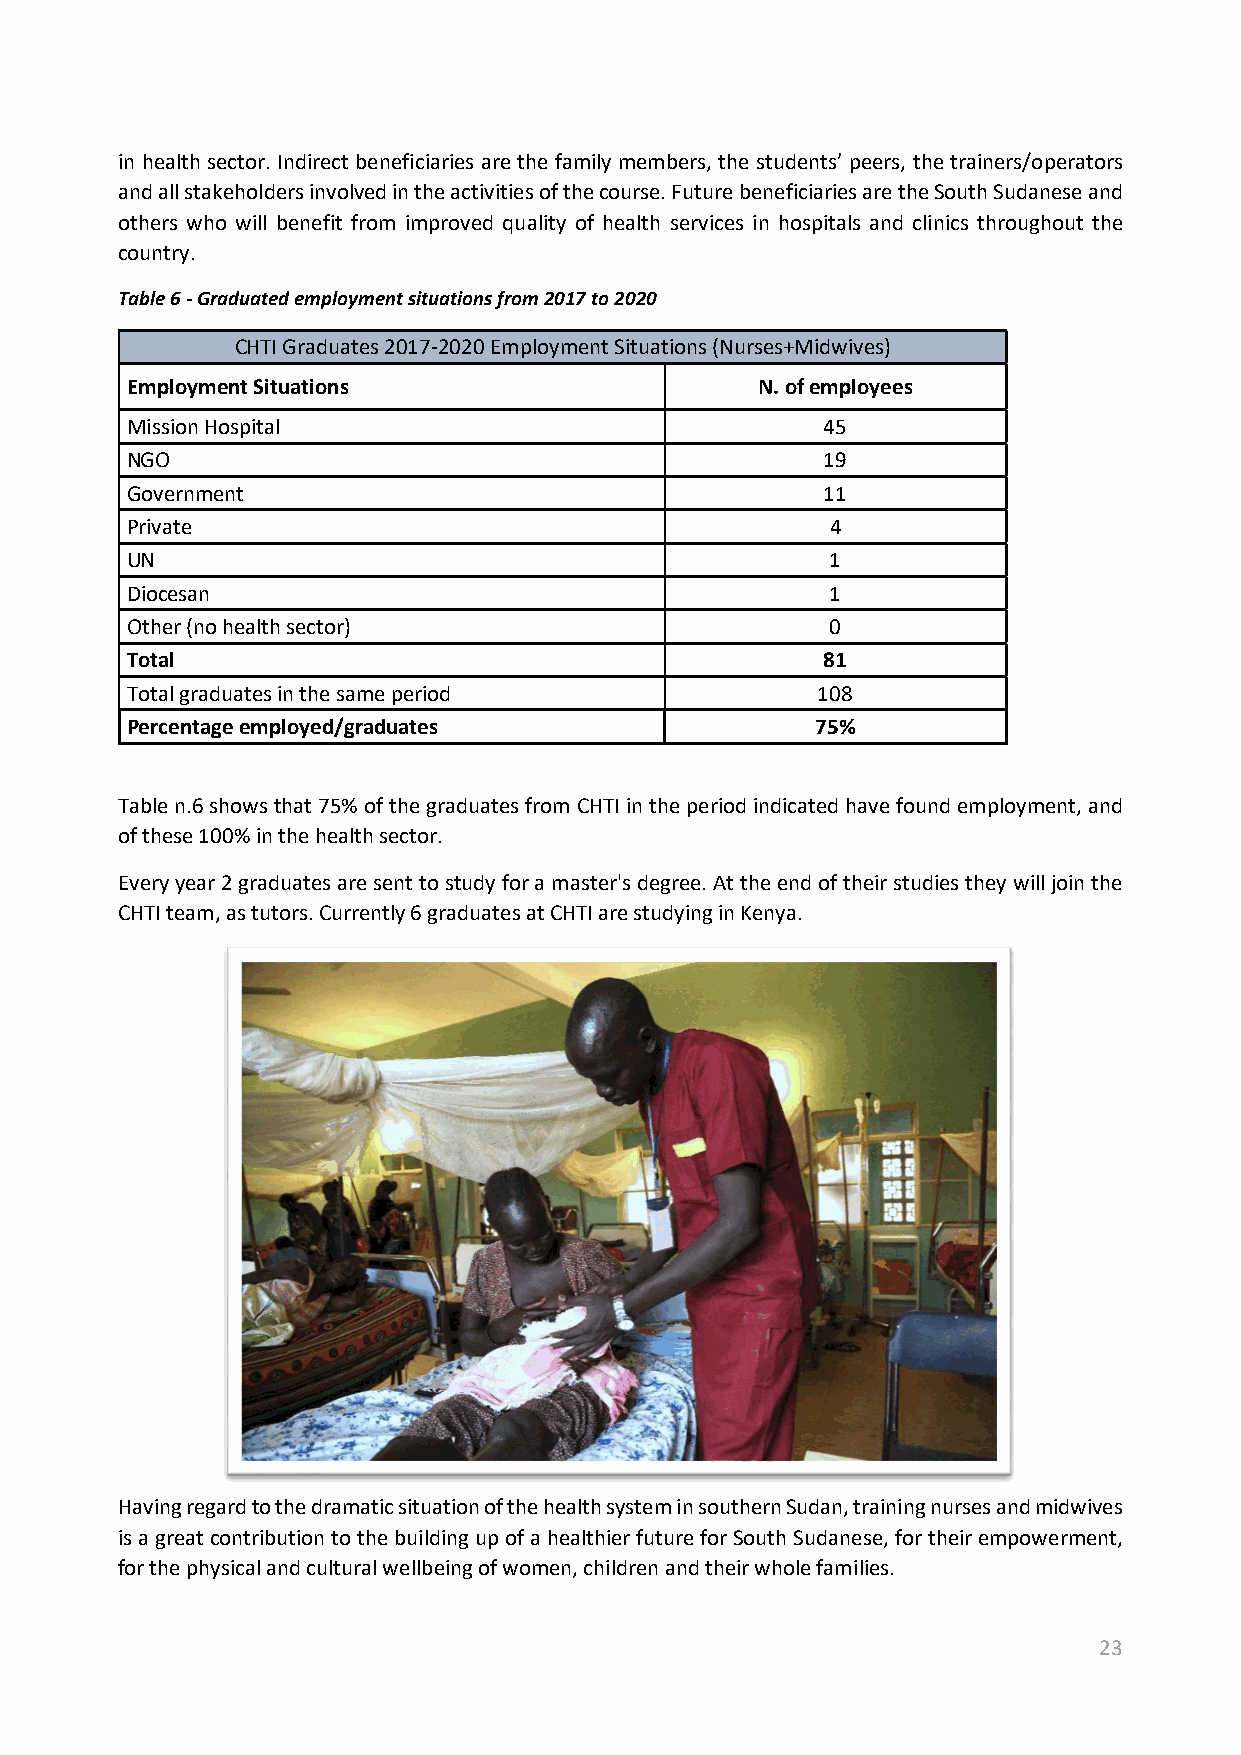
in health sector. Indirect beneficiaries are the family members, the students’ peers, the trainers/operators
 and all stakeholders involved in the activities of the course. Future beneficiaries are the South Sudanese and
 others who will benefit from improved quality of health services in hospitals and clinics throughout the
 country.
 Table 6 - Graduated employment situations from 2017 to 2020
 CHTI Graduates 2017-2020 Employment Situations (Nurses+Midwives)
 Employment Situations                     N. of employees
 Mission Hospital                               45
 NGO                                            19
 Government                                     11
 Private                                        4
 UN                                             1
 Diocesan                                       1
 Other (no health sector)                       0
 Total                                         81
 Total graduates in the same period            108
 Percentage employed/graduates                 75%
 Table n.6 shows that 75% of the graduates from CHTI in the period indicated have found employment, and
 of these 100% in the health sector.
 Every year 2 graduates are sent to study for a master's degree. At the end of their studies they will join the
 CHTI team, as tutors. Currently 6 graduates at CHTI are studying in Kenya.
 Having regard to the dramatic situation of the health system in southern Sudan, training nurses and midwives
 is a great contribution to the building up of a healthier future for South Sudanese, for their empowerment,
 for the physical and cultural wellbeing of women, children and their whole families.
 23